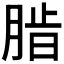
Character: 𬛄